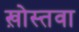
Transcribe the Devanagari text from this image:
ख़ोस्तवा